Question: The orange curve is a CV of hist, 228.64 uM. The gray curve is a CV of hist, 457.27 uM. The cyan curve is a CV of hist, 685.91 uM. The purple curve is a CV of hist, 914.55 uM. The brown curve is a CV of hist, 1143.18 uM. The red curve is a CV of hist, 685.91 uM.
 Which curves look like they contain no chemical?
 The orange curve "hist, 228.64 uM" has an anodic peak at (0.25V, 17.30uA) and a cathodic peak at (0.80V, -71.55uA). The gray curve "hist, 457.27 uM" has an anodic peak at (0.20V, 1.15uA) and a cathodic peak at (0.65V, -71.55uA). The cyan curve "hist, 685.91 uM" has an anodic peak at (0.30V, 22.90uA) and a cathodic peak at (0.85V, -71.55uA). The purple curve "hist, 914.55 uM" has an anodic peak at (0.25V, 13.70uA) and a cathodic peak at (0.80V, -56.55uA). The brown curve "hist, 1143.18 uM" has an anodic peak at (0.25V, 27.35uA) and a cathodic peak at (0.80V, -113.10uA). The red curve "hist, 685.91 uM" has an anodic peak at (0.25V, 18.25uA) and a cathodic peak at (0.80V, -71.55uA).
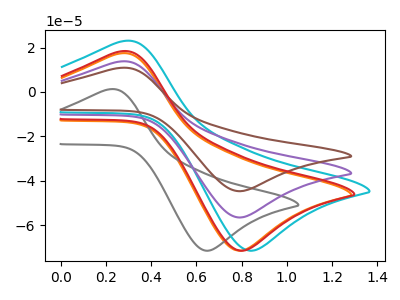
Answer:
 <answer>There are not any CV's on this graph that are likely to be blanks.</answer>
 <eval>none</eval>